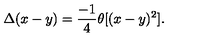
\Delta ( x - y ) = \frac { - 1 } { 4 } \theta [ ( x - y ) ^ { 2 } ] .